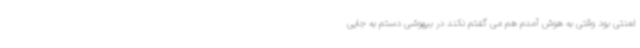
لعنتی بود وقتی به هوش آمدم هم می گفتم نکند در بیهوشی دستم به جایی